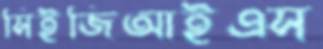
সিইজিআইএস